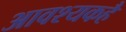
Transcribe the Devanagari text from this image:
आवश्यकहै